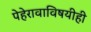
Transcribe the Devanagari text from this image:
पेहेरावाविषयीही